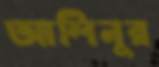
আলিনুর